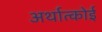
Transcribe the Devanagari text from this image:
अर्थात्कोई